Bréfritari: Sigríður Pálsdóttir
Viðtakandi: Páll Pálsson
Dagsetning: A-1860-10-01
Skrifað á: Breiðabólsstað  Rang.
Páll var bróðir Sigríðar

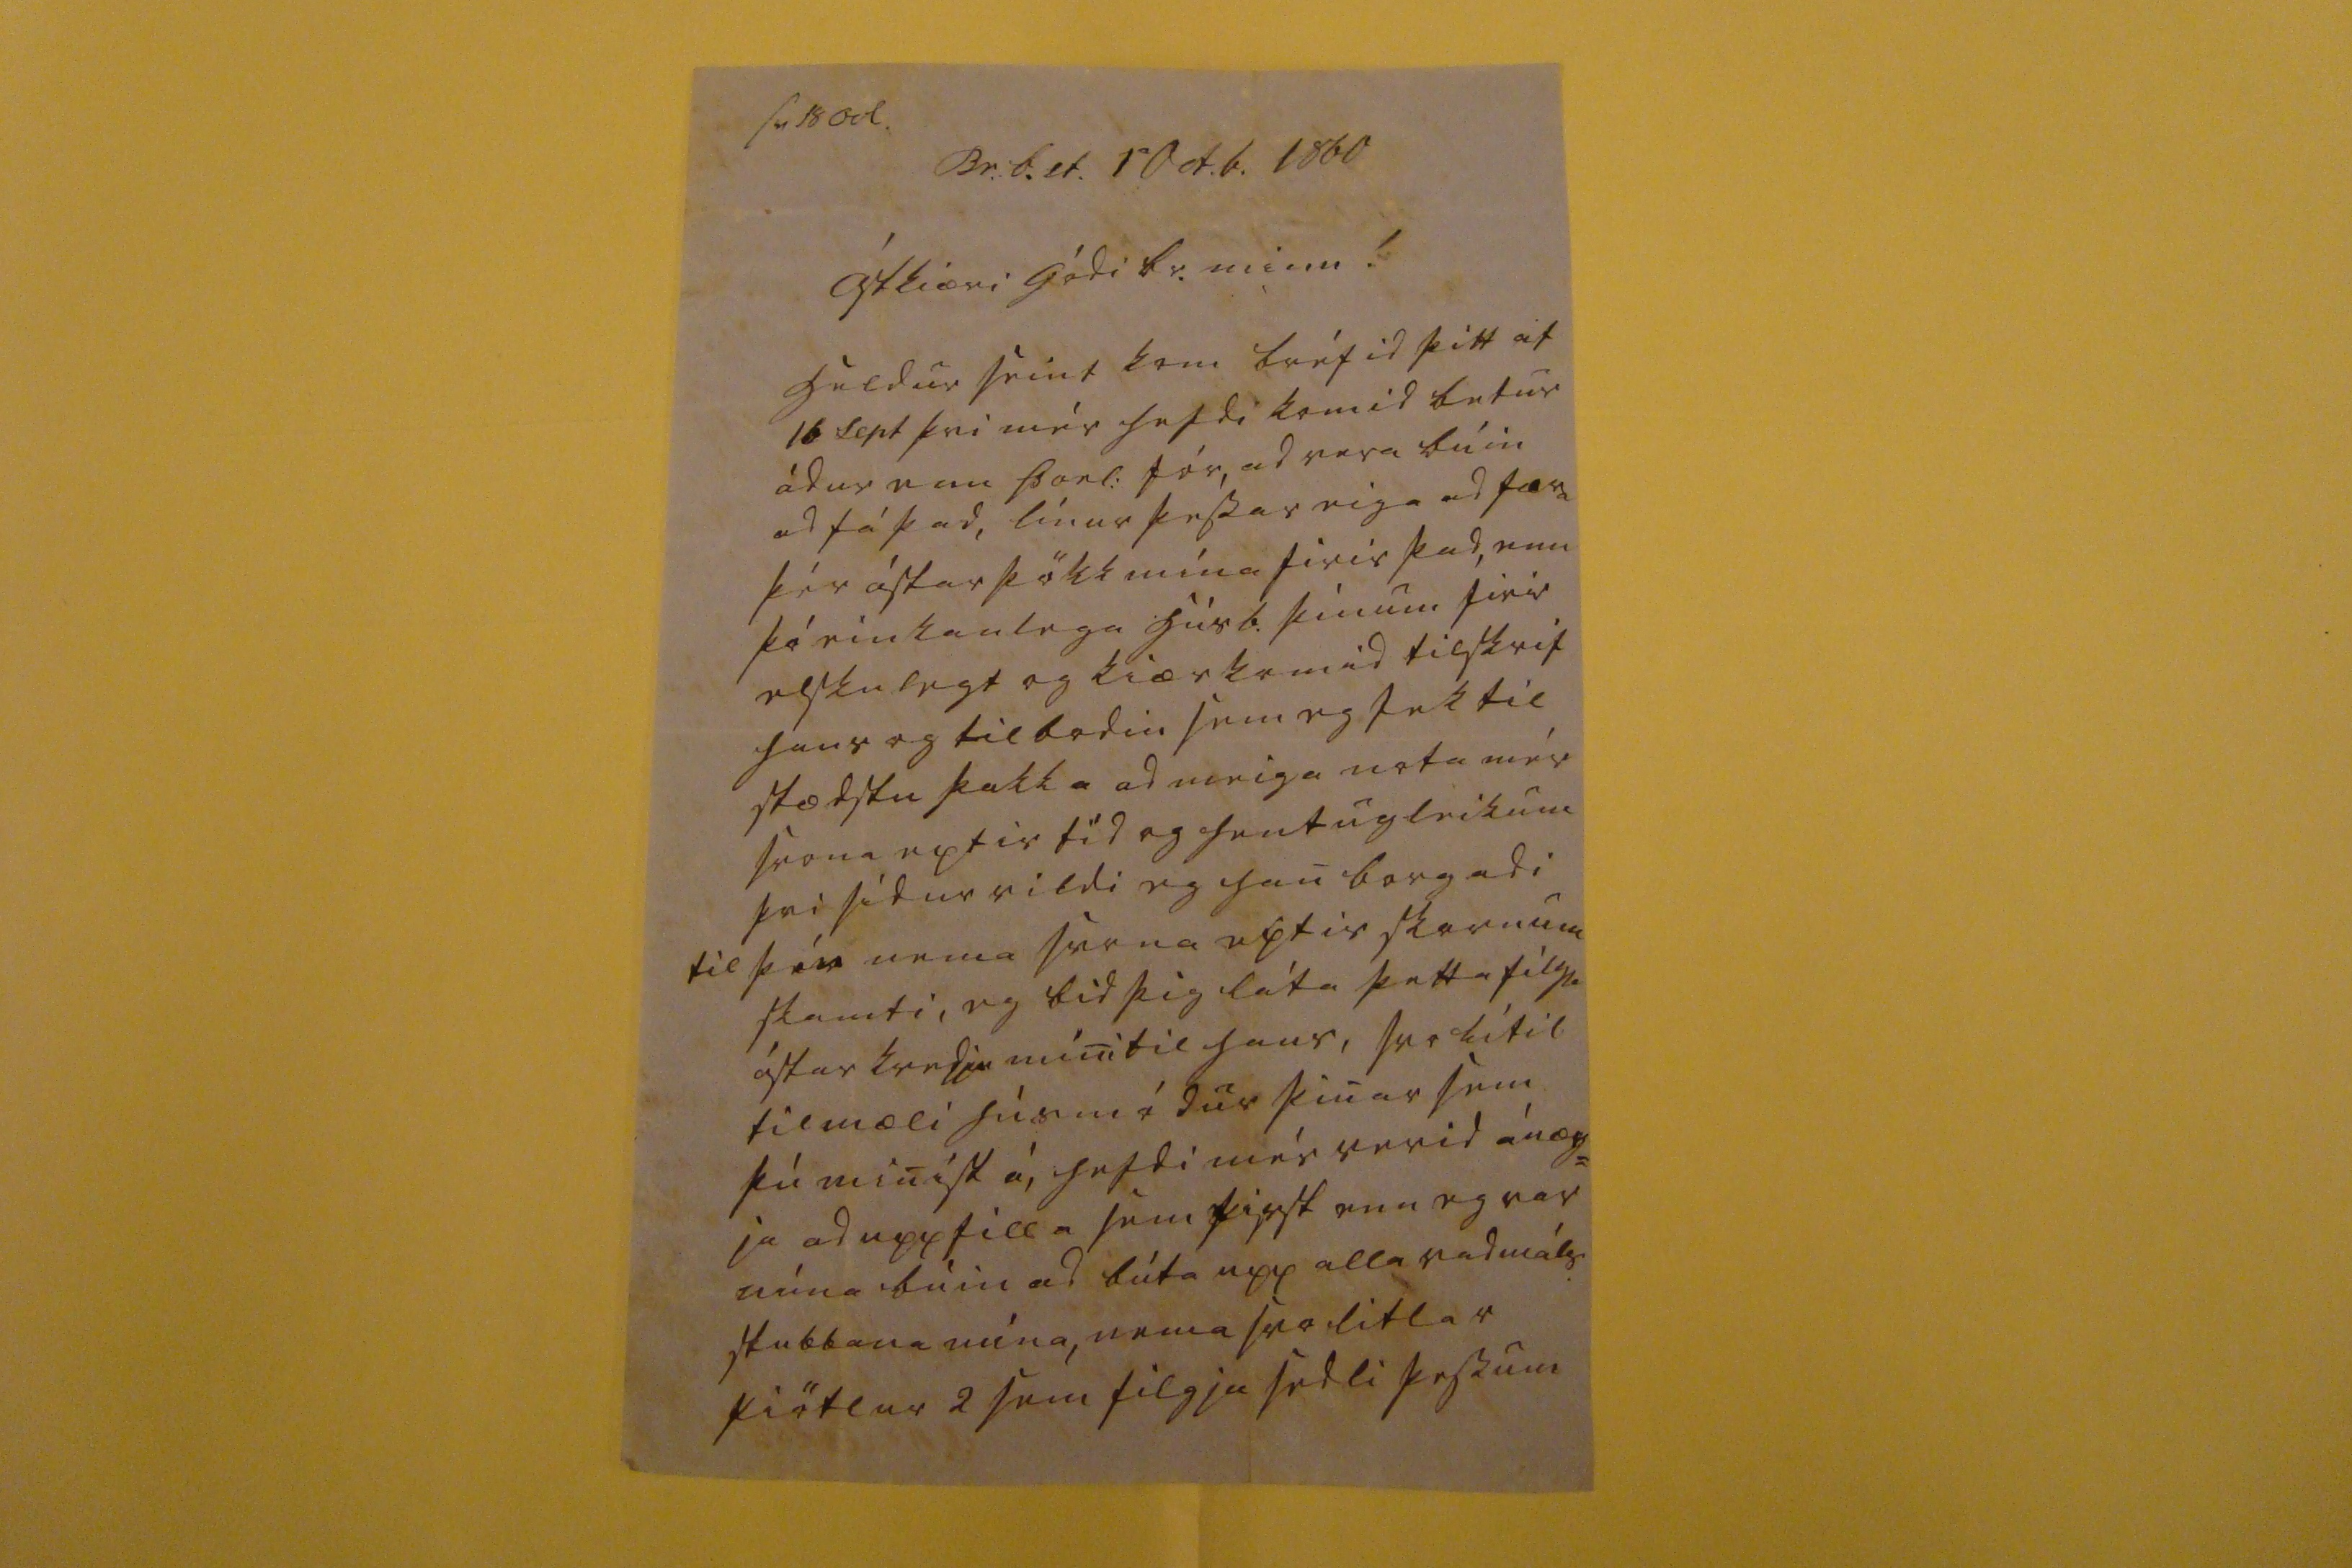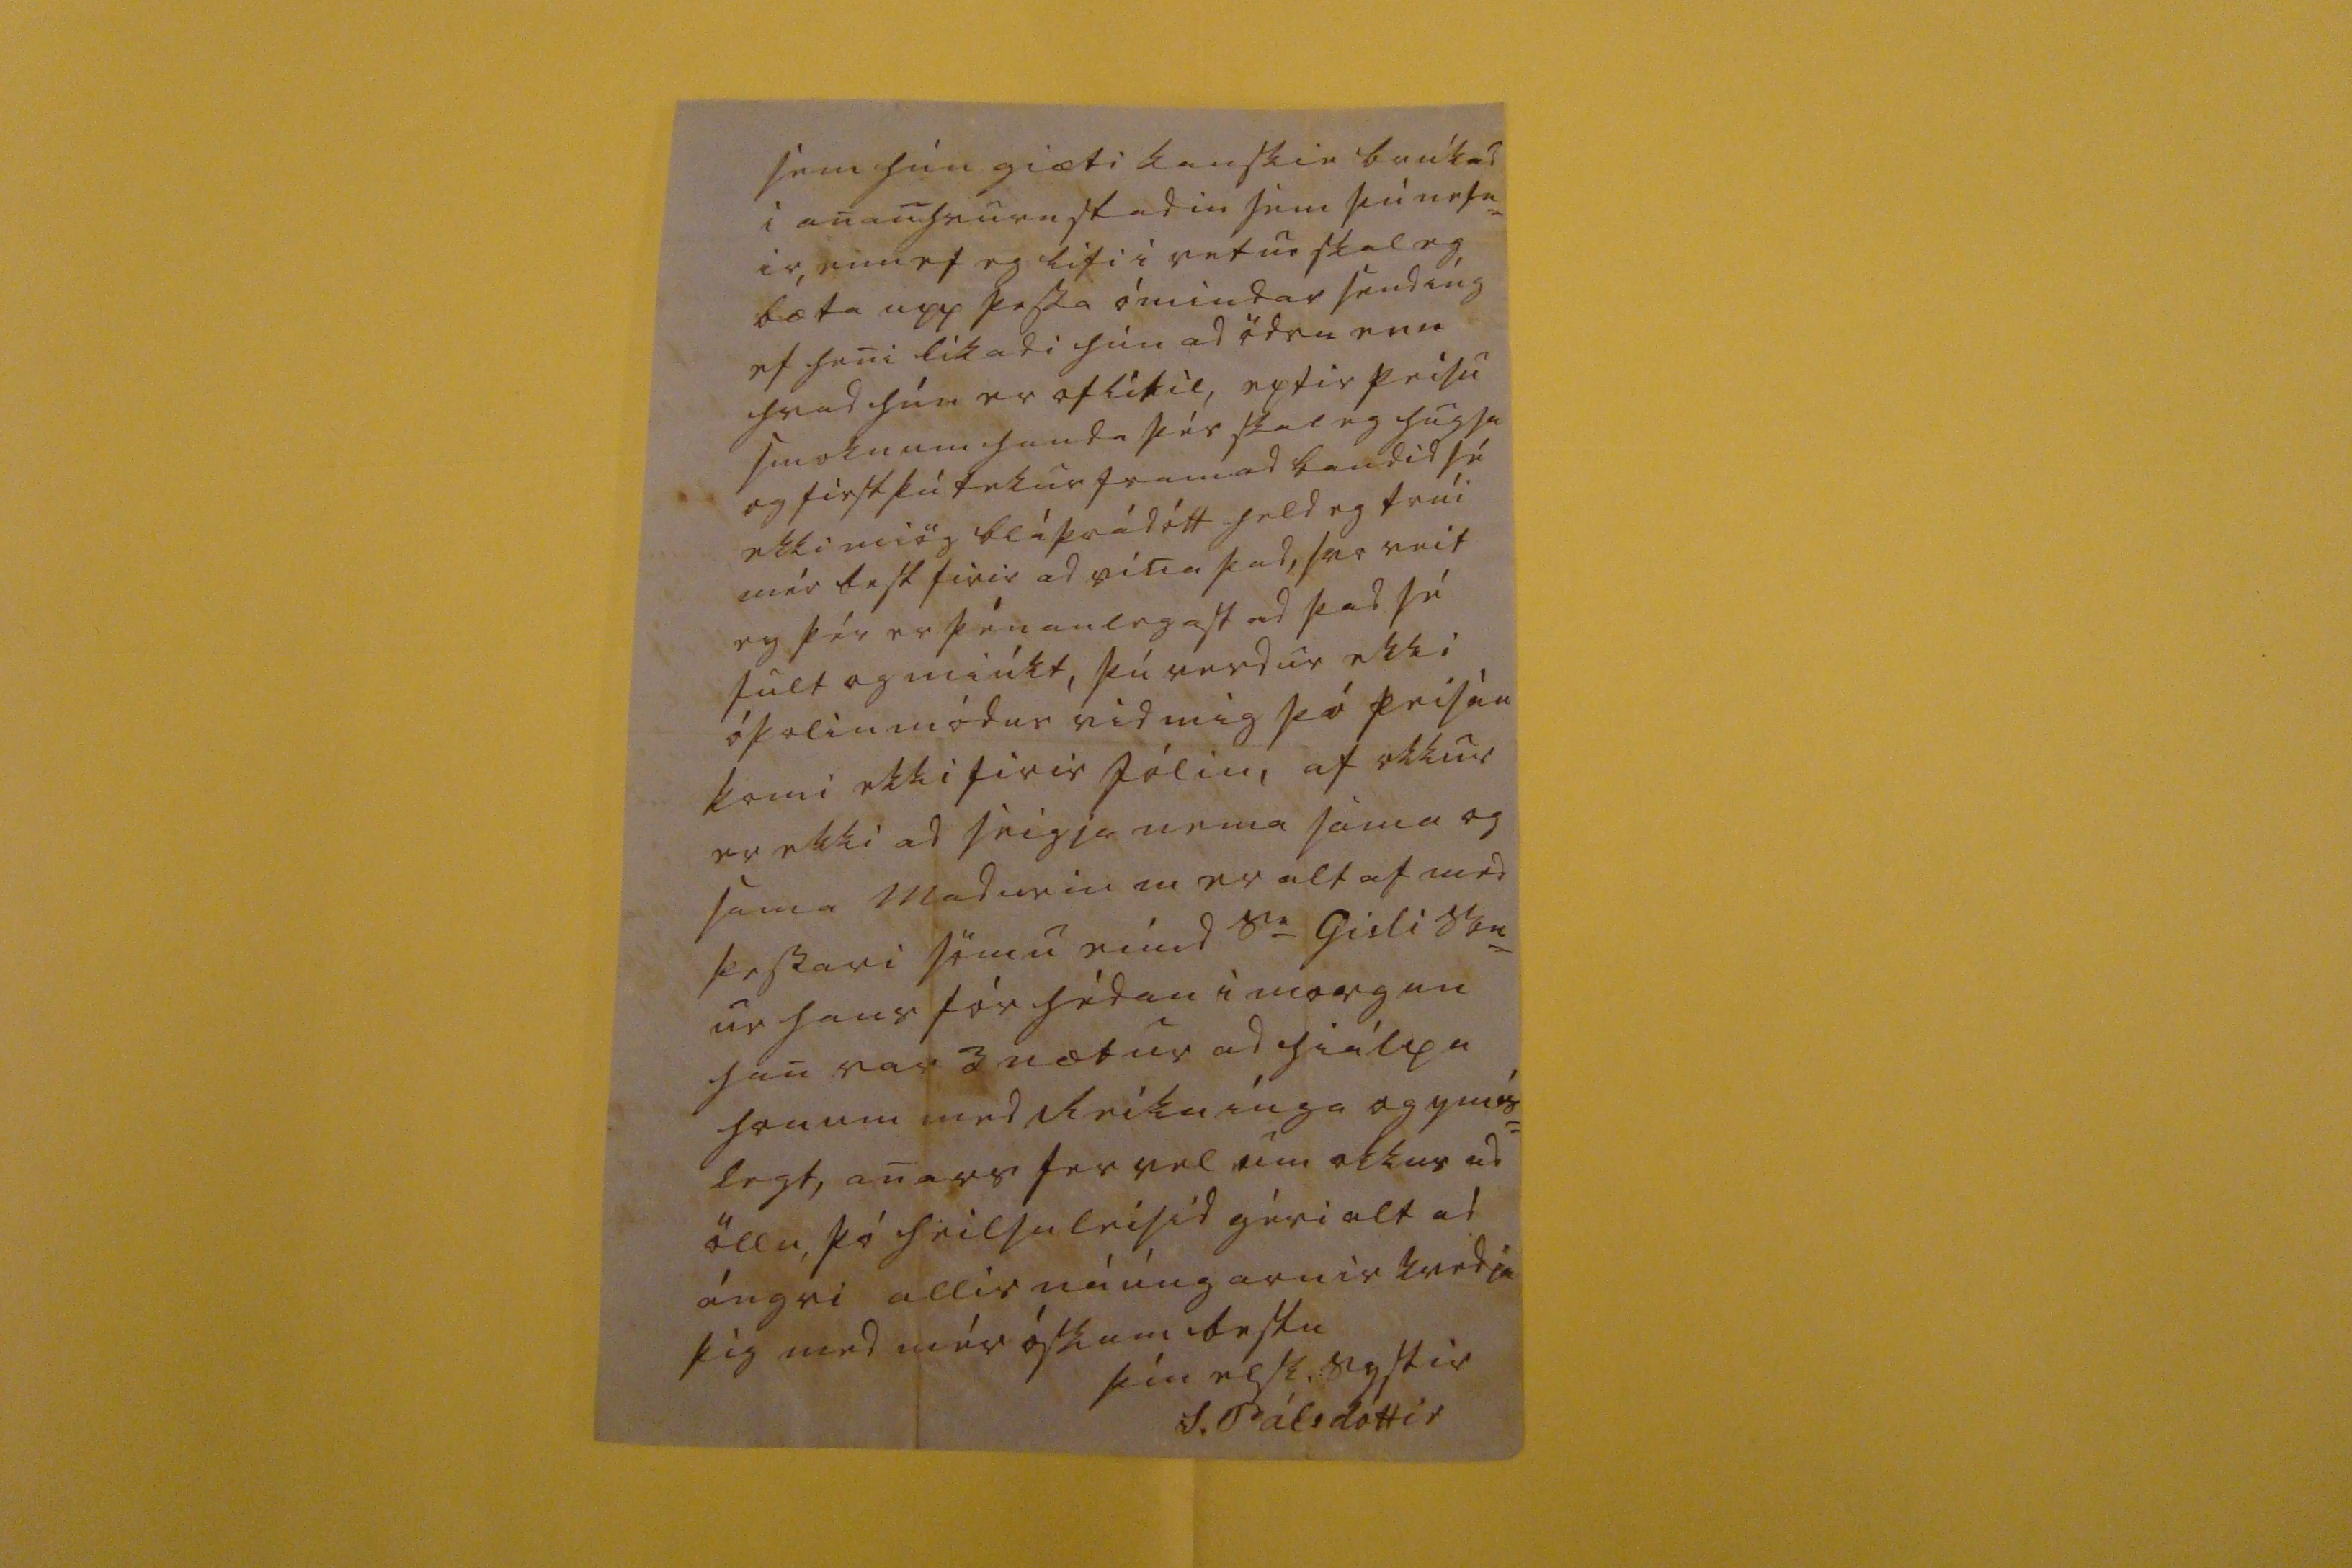

sv. 18 Oct
Br.b.st. 1 Oct.b. 1860
Ástkiæri gódi br. minn !
heldur seint kom bréfid þitt af 16 Sept þvi mér hefdi komid betur ádur enn Þorl: fór, ad vera búin ad fá þad, línur þessar eiga ad færa þér ástarþökk mína firir þad, enn þó einkanlega húsb. þínum firir elskulegt og kiærkomid tilskrif hans og tilbodin sem eg tek til stædstu þakka ad meiga nota mér svona eptir tíd og hentugleikum þvi sidur vildi eg han borgadi til þín nema svona eptir skornum skamti, eg bid þig láta þetta filgja ástarkvedju mini til hans, svo lítil tilmæli húsmódur þinar sem þú minist á, hefdi mér verid ánæg= ja ad uppfilla sem first enn eg var núna búin ad búta upp alla vadmáls stubbana mína, nema svo litlar piötlur 2 sem filgja sedli þessum
sem hún giæti kanskie bankad i ananhvurn stadin sem þú nefn= ir, enn ef eg lifi i vetur skal eg bæta upp þessa ómindar sendíng ef heni líkadi hún ad ödru enn hvad hún er oflítil, eptir peisu smoknum handa þér skal eg hugsa og first þú tekur framad bandid sé ekki miög bláþrádótt held eg trúi mér best firir ad vina þad, svo veit eg þér er þénanlegast ad þad sé fult og miúkt, þú verdur ekki óþolinmódur vid mig þó peisan komi ekki firir jólin, af okkur er ekki ad seigja nema sama og sama madurin m er altaf med þessari sömu eimd s
0a
Gisli So
n
ur hans fór hédan i morgun han var 3 nætur ad hiálpa honum med Reíknínga og ymis= legt, anars fer vel um okkur ad öllu, þó heilsuleisid géri alt ad ángri allir náúngarnir kvedja þig med mér óskum bestu
þín elsk: systir
S. Pálsdóttir